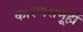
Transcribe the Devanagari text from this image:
कारणसमूहों